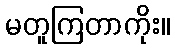
မတူကြတာကိုး။